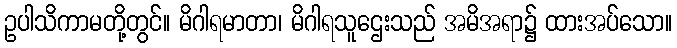
ဥပါသိကာမတို့တွင်။ မိဂါရမာတာ၊ မိဂါရသူဌေးသည် အမိအရာ၌ ထားအပ်သော။